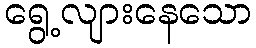
ရွေ့လျားနေသော